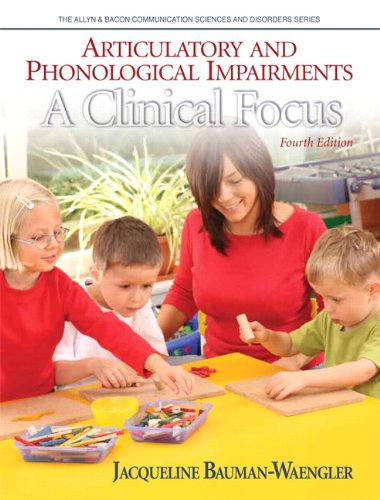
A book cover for Articulatory and Phonological Impairments: A Clinical Focus (4th Edition) (Allyn & Bacon Communication Sciences and Disorders); Jacqueline Bauman-Waengler; Medical Books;